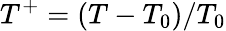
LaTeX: T^{+}=(T-T_{0})/T_{0}